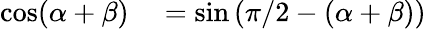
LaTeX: \begin{array}{rl}{\cos(\alpha+\beta)}&{{}=\sin\left(\pi/2-(\alpha+\beta)\right)}\end{array}